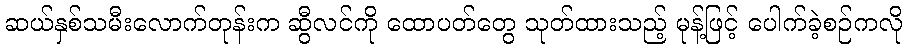
ဆယ်နှစ်သမီးလောက်တုန်းက ဆွီလင်ကို ထောပတ်တွေ သုတ်ထားသည့် မုန့်ဖြင့် ပေါက်ခဲ့စဉ်ကလို